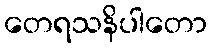
တေရသနိပါတော